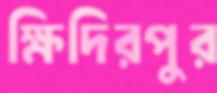
ক্ষিদিরপুর